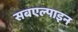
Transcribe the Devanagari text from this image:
सबएल्पाइन